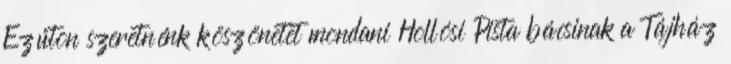
Ezúton szeretnénk köszönetet mondani Hollósi Pista bácsinak a Tájház